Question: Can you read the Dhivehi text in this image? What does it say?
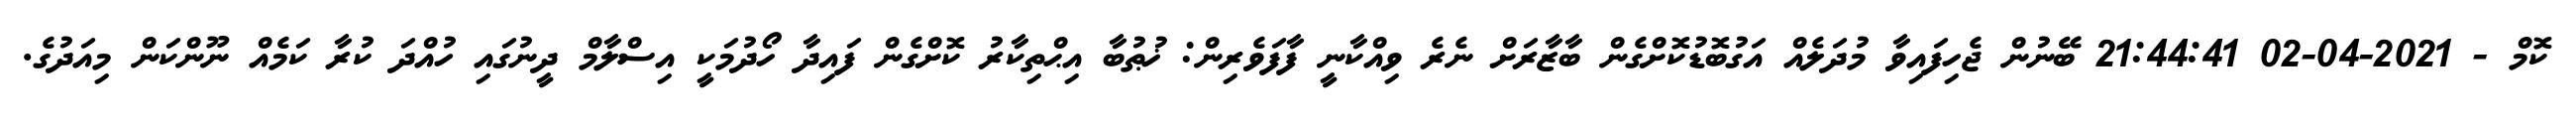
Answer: ކޮމް - 2021-04-02 21:44:41 ބޭނުން ޖެހިފައިވާ މުދަލެއް އަގުބޮޑުކޮށްގެން ބާޒާރަށް ނެރެ ވިއްކާނީ ފާފަވެރިން: ޚުޠުބާ އިޙްތިކާރު ކޮށްގެން ފައިދާ ހޯދުމަކީ އިސްލާމް ދީނުގައި ހުއްދަ ކުރާ ކަމެއް ނޫންކަން މިއަދުގެ.